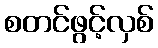
စတင်ဖွင့်လှစ်